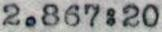
2.867:20